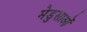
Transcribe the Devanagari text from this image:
मेडुसाओं